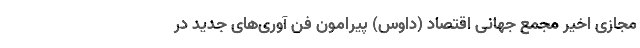
مجازی اخیرِ مجمع جهانی اقتصاد (داوس) پیرامونِ فن آوری­های جدید در